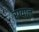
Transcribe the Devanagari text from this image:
रग्याल